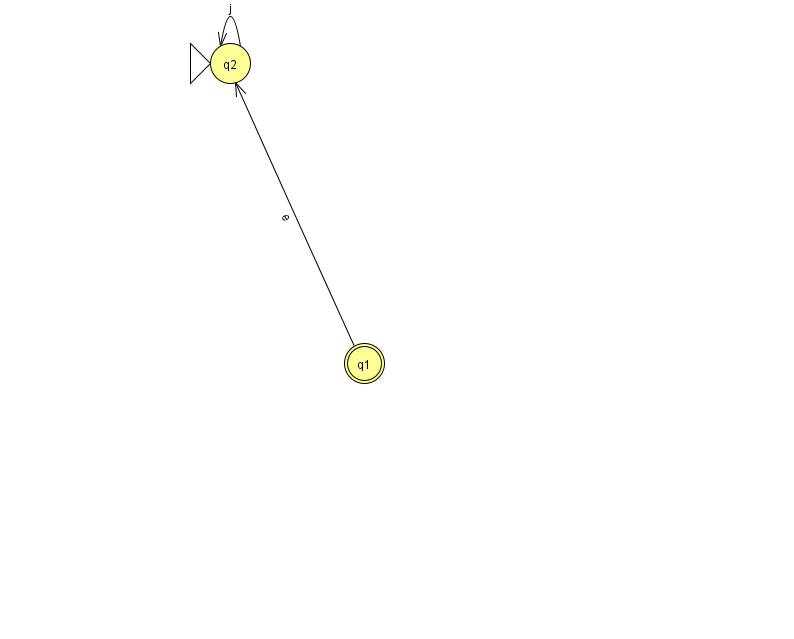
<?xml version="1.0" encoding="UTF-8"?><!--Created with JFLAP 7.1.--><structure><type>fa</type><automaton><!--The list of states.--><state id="1" name="q1"><x>364.0</x><y>350.0</y><final/></state><state id="2" name="q2"><x>230.0</x><y>50.0</y><initial/></state><!--The list of transitions.--><transition><from>1</from><to>2</to><read>e</read></transition><transition><from>2</from><to>2</to><read>j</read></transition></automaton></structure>